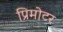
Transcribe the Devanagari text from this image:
प्रिमोटर